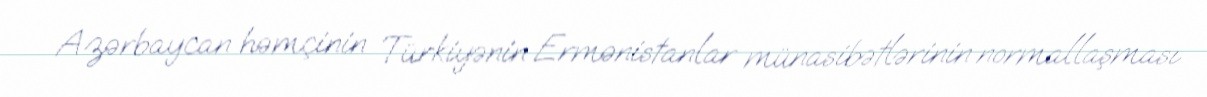
Azərbaycan həmçinin Türkiyənin Ermənistanlar münasibətlərinin normallaşması